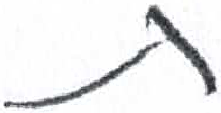
אות: ת